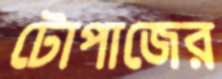
টোপাজের